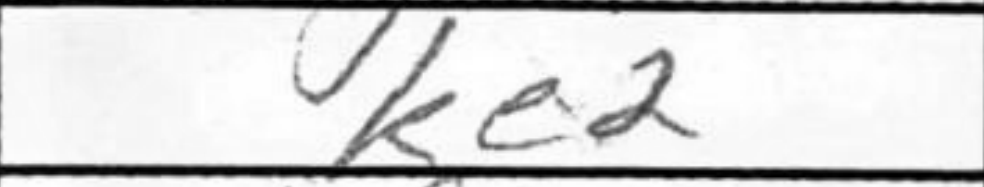
Transcription: Ke2